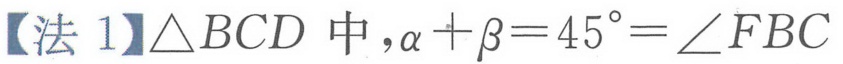
【法 1】\(\triangle BCD\)中，\(\alpha+\beta = 45^{\circ}=\angle FBC\)